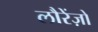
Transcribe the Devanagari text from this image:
लौरेंज़ो